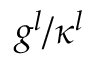
g ^ { l } / \kappa ^ { l }